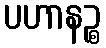
ပဟာနဉ္စ